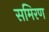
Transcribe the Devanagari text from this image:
समिरण